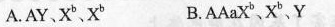
A.AY、 X^{b}﹑X^{b} B.AAaX^{b}、X^{b}、Y